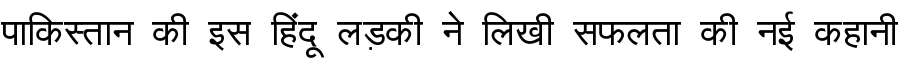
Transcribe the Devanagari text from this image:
पाकिस्तान की इस हिंदू लड़की ने लिखी सफलता की नई कहानी